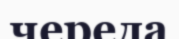
череда